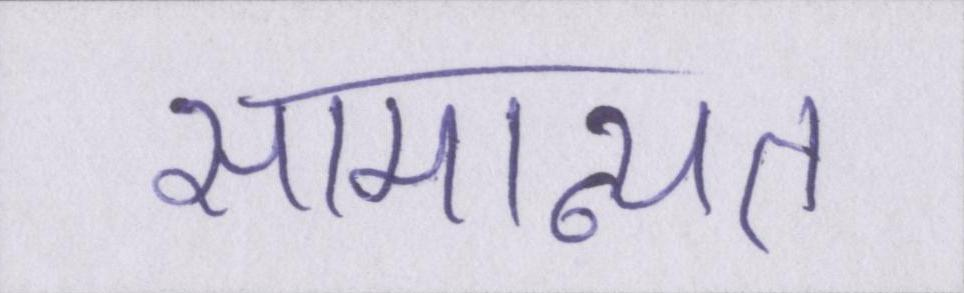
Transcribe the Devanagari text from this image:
सामान्यत